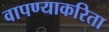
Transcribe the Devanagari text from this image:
वापण्‍याकरिता